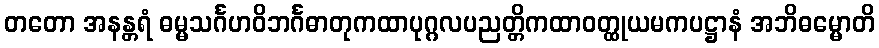
တတော အနန္တရံ ဓမ္မသင်္ဂဟဝိဘင်္ဂဓာတုကထာပုဂ္ဂလပညတ္တိကထာဝတ္ထုယမကပဋ္ဌာနံ အဘိဓမ္မောတိ